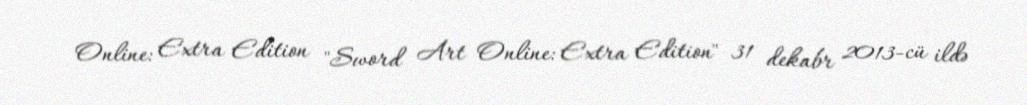
Online: Extra Edition "Sword Art Online: Extra Edition" 31 dekabr 2013-cü ildə